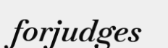
forjudges